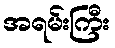
အရမ်းကြီး